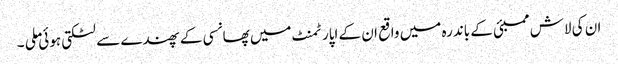
ان کی لاش ممبئی کے باندرہ میں واقع ان کے اپارٹمنٹ میں پھانسی کے پھندے سے لٹکتی ہوئی ملی ۔